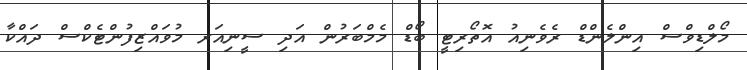
މޯލްޑިވްސް އިންލެންޑް ރެވެނިއު އޮތޯރިޓީ ބޯޑް މެމްބަރުން އަދި ސީނިއަރ މުވައްޒިފުންޓެކްސް ދައްކާ